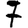
Digit: 7